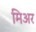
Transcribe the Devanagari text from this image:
मिअर